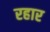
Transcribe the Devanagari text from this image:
रहार